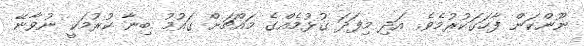
ނޫންކަން ފާހަގަކުރުމެވެ. އަދި މިފަދަ ގުޅުމެއްގެ މައްޗަށް ގައުމު ބިނާ ކުރުމަކީ ނުވާނޭ